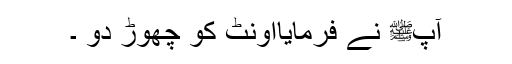
آپﷺ نے فرمایااونٹ کو چھوڑ دو ۔